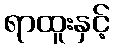
ရာထူးနှင့်